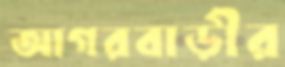
আগরবাড়ীর